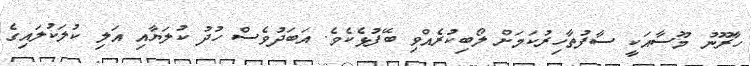
ހާރޫނު މޫސާއަކީ ސާފުތާހިރުކަމަށް ލޯބިކުރެއްވި ބޭފުޅެކެވެ. އަބަދުވެސް ހުދު ކުލަޔާއި އަލި ކުލަކުލައިގެ